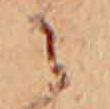
に